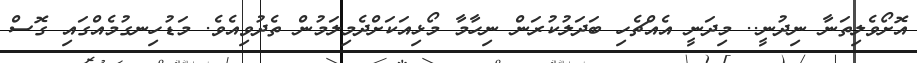
އޮށޯވެލިތަނާ ނިދުނީ.. މިދަނީ އެއްޗެހި ބަދަލުކުރަން ނިހާމާ މޯޅިއަކަށްދެމިލަމުން ތެދުވިއެވެ. މަޑުހިނގުމެއްގައި ގޮސް